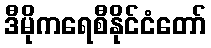
ဒီမိုကရေစီနိုင်ငံတော်